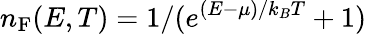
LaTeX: n_{\mathrm{F}}(E,T)=1/(e^{(E-\mu)/k_{B}T}+1)